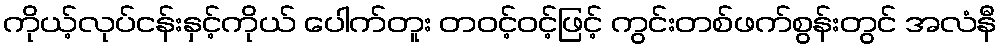
ကိုယ့်လုပ်ငန်းနှင့်ကိုယ် ပေါက်တူး တဝင့်ဝင့်ဖြင့် ကွင်းတစ်ဖက်စွန်းတွင် အလံနီ